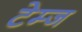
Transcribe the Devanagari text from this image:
टेम्ज